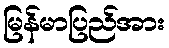
မြန်မာပြည်အား